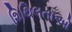
શિથિલતાઓ